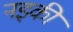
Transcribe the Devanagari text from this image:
नइकी